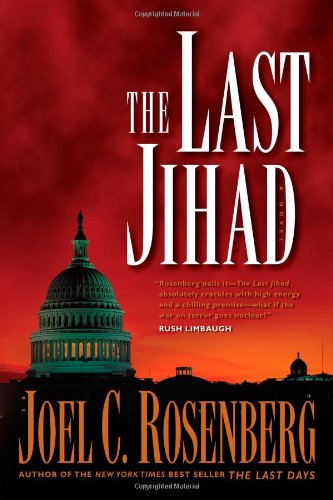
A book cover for The Last Jihad (Political Thrillers Series #1); Joel C. Rosenberg; Literature & Fiction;